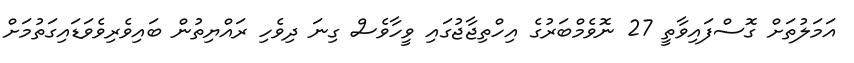
އަމަލުތަށް ގޮސްފައިވާތީ 27 ނޮވެމްބަރުގެ އިހްތިޖާޖުގައި ވީހާވެސް ގިނަ ދިވެހި ރައްޔިތުން ބައިވެރިވެވަޑައިގަތުމަށް